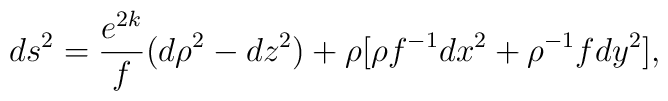
ds^2= {e^{2k} \over f}(d \rho ^2 - dz^2) + \rho [ \rho f^{-1} dx^2+ \rho^{-1}f dy^2],